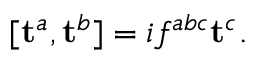
[ \mathbf { t } ^ { a } , \mathbf { t } ^ { b } ] = i f ^ { a b c } \mathbf { t } ^ { c } .